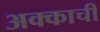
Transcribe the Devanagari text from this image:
अक्काची